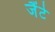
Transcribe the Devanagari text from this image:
जैंटे